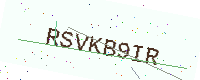
Text: RSVKB9IR